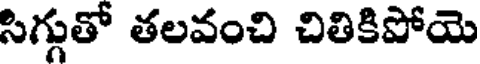
సిగ్గుతో తలవంచి చితికిపోయె